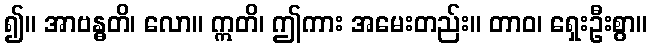
၍။ အာဗန္ဓတိ၊ လော။ ဣတိ၊ ဤကား အမေးတည်း။ တာဝ၊ ရှေးဦးစွာ။